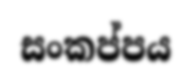
සංකප්පය